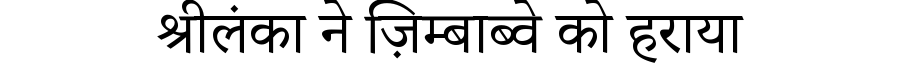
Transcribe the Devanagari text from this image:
श्रीलंका ने ज़िम्बाब्वे को हराया